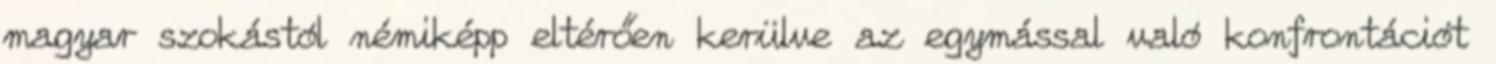
magyar szokástól némiképp eltérően kerülve az egymással való konfrontációt